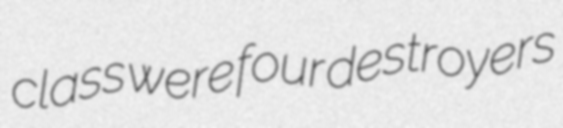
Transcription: class were four destroyers